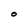
Character: O